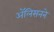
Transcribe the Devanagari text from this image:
ॲलिसनने